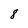
Character: 8